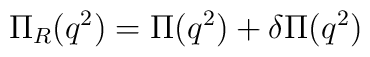
\Pi_R (q^2) = \Pi (q^2) + \delta\Pi (q^2)